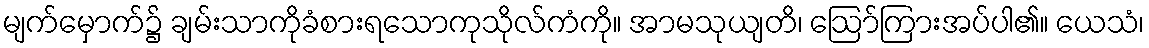
မျက်မှောက်၌ ချမ်းသာကိုခံစားရသောကုသိုလ်ကံကို။ အာမသုယျတိ၊ ဩော်ကြားအပ်ပါ၏။ ယေသံ၊